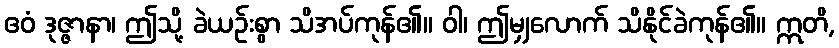
ဧဝံ ဒုဇ္ဇာနာ၊ ဤသို့ ခဲယဉ်းစွာ သိအပ်ကုန်၏။ ဝါ၊ ဤမျှလောက် သိနိုင်ခဲကုန်၏။ ဣတိ,